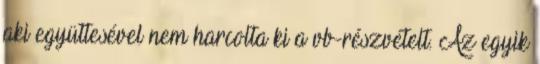
aki együttesével nem harcolta ki a vb-részvételt. Az egyik